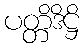
ပတ္တိဒိဋ္ဌိ